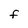
Character: f